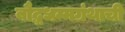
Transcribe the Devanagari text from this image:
बौद्धधम्मग्रंथाची